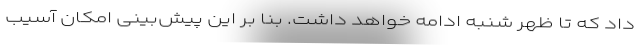
داد که تا ظهر شنبه ادامه خواهد داشت. بنا بر این پیش‌بینی امکان آسیب